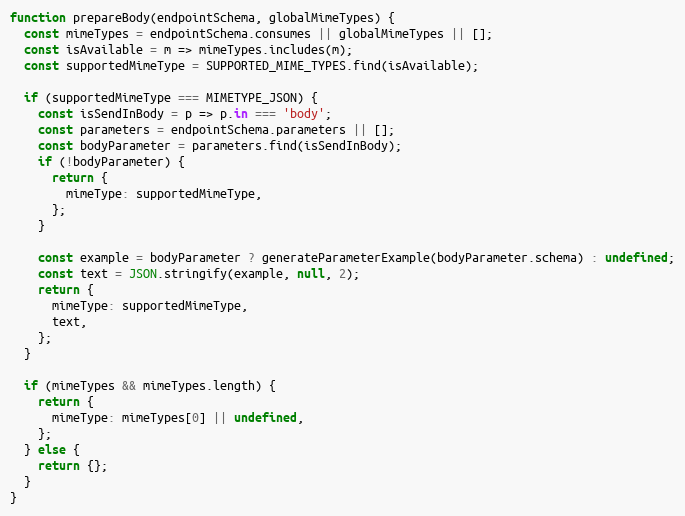
Language: JavaScript
function prepareBody(endpointSchema, globalMimeTypes) {
  const mimeTypes = endpointSchema.consumes || globalMimeTypes || [];
  const isAvailable = m => mimeTypes.includes(m);
  const supportedMimeType = SUPPORTED_MIME_TYPES.find(isAvailable);

  if (supportedMimeType === MIMETYPE_JSON) {
    const isSendInBody = p => p.in === 'body';
    const parameters = endpointSchema.parameters || [];
    const bodyParameter = parameters.find(isSendInBody);
    if (!bodyParameter) {
      return {
        mimeType: supportedMimeType,
      };
    }

    const example = bodyParameter ? generateParameterExample(bodyParameter.schema) : undefined;
    const text = JSON.stringify(example, null, 2);
    return {
      mimeType: supportedMimeType,
      text,
    };
  }

  if (mimeTypes && mimeTypes.length) {
    return {
      mimeType: mimeTypes[0] || undefined,
    };
  } else {
    return {};
  }
}